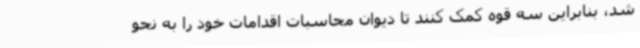
شد، بنابراین سه قوه کمک کنند تا دیوان محاسبات اقدامات خود را به نحو